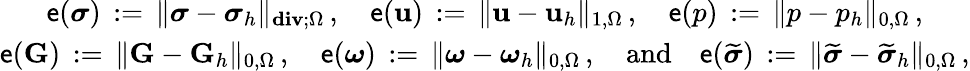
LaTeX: \begin{array}{c}{\displaystyle\mathsf{e}({\boldsymbol\sigma})\, :=\, \| {\boldsymbol\sigma}-{\boldsymbol\sigma}_{h}\| _{\mathbf{div};\Omega}\, ,\quad\mathsf{e}(\mathbf{u})\, :=\, \| \mathbf{u}-\mathbf{u}_{h}\| _{1,\Omega}\, ,\quad\mathsf{e}(p)\, :=\, \| p-p_{h}\| _{0,\Omega}\, ,}\\ {\displaystyle\displaystyle\mathsf{e}(\mathbf{G})\, :=\, \| \mathbf{G}-\mathbf{G}_{h}\| _{0,\Omega}\, ,\quad\mathsf{e}({\boldsymbol\omega})\, :=\, \| {\boldsymbol\omega}-{\boldsymbol\omega}_{h}\| _{0,\Omega}\, ,{\quad\mathrm{and}\quad}\mathsf{e}(\widetilde{{\boldsymbol\sigma}})\, :=\, \| \widetilde{{\boldsymbol\sigma}}-\widetilde{{\boldsymbol\sigma}}_{h}\| _{0,\Omega}\, ,}\end{array}